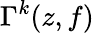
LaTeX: \Gamma^{k}(z,f)